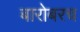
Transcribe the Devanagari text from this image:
बारोबरच